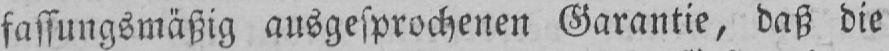
fassungsmäßig ausgesprochenen Garantie, daß die